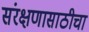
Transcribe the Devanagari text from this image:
संरक्षणासाठीचा